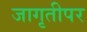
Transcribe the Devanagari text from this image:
जागृतीपर